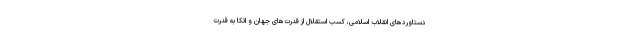
دستاوردهای انقلاب اسلامی، کسب استقلال از قدرت‌های جهان و اتکا به قدرت